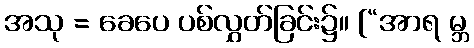
အသု = ခေပေ ပစ်လွှတ်ခြင်း၌။ [“အာရ မ္ဘ